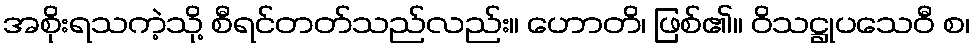
အစိုးရသကဲ့သို့ စီရင်တတ်သည်လည်း။ ဟောတိ၊ ဖြစ်၏။ ဝိသဋ္ဌုပသေဝီ စ၊